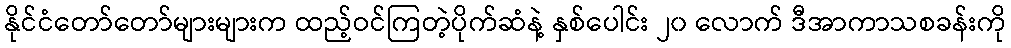
နိုင်ငံတော်တော်များများက ထည့်ဝင်ကြတဲ့ပိုက်ဆံနဲ့ နှစ်ပေါင်း ၂၀ လောက် ဒီအာကာသစခန်းကို